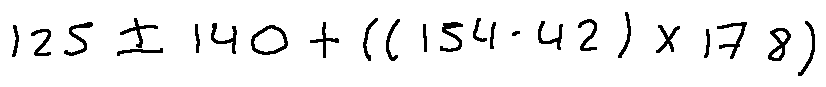
1 2 5 \pm 1 4 0 + ( ( 1 5 4 - 4 2 ) \times 1 7 8 )